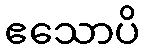
ဧသောပိ